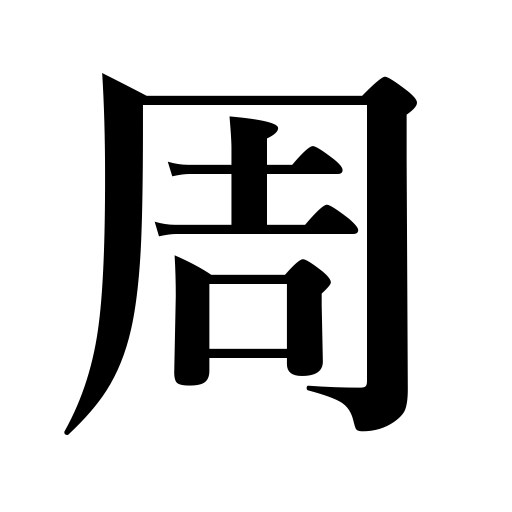
Meanings: spread of flames,rotation,border,girth,tour,circuit,detour,surroundings,vicinity,circumference,lap,Chou dynasty,efficacy or effect of something taken